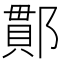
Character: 𨝑